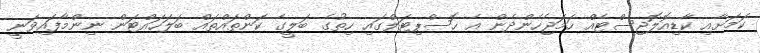
ކަމަށާއި ކާޑިއޮލޮޖިސްޓެއް ހަމަޖެހެންދެން އެ ހޮސްޕިޓަލްގައި ހިތުގެ ބަލީގެ ކަންތައްތައް ބަލަހައްޓަން ނިންމާފައިވަނީ